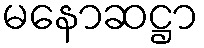
မနောဆဋ္ဌာ